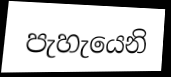
පැහැයෙනි